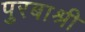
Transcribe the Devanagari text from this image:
पुरबाश्री